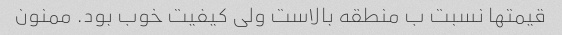
قیمتها نسبت ب منطقه بالاست ولی کیفیت خوب بود. ممنون